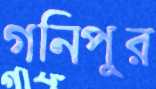
গনিপুর